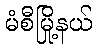
မံစီမြို့နယ်